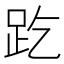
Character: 趷